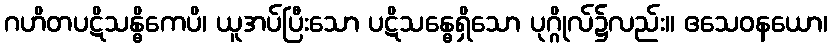
ဂဟိတပဋိသန္ဓိကေပိ၊ ယူအပ်ပြီးသော ပဋိသန္ဓေရှိသော ပုဂ္ဂိုလ်၌လည်း။ ဧသေဝနယော၊